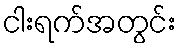
ငါးရက်အတွင်း